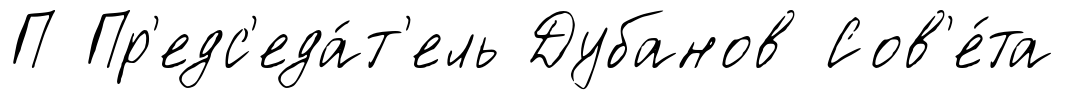
П Пр'едс'еда́т'ель Дубанов Сов'е́та